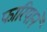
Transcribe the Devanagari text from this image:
फारियाने